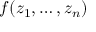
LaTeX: f ( z _ { 1 } , \ldots , z _ { n } )